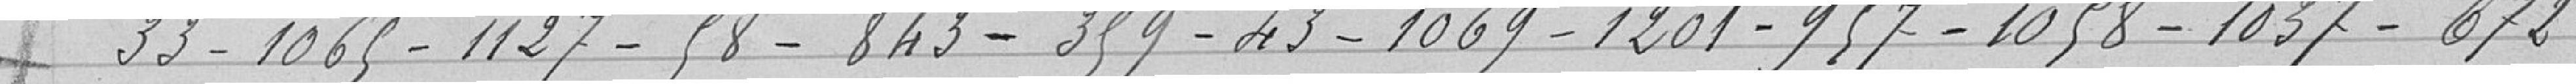
33 - 1065 - 1127 - 58 - 845 - 359 - 43 - 1069 - 1201 - 957 - 1058 - 1057 - 672 -